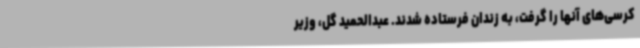
کرسی‌های آنها را گرفت، به زندان فرستاده شدند. عبدالحمید گل، وزیر